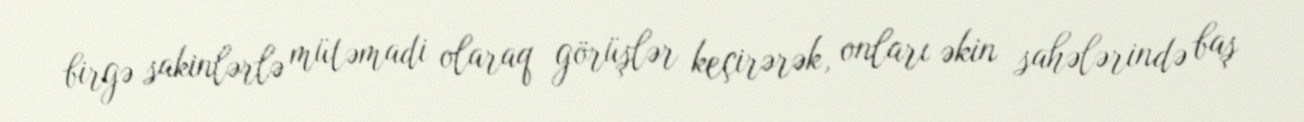
birgə sakinlərlə mütəmadi olaraq görüşlər keçirərək, onları əkin sahələrində baş